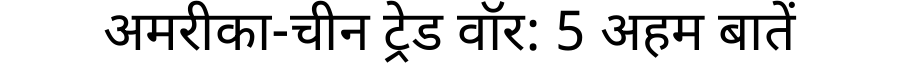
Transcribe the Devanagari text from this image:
अमरीका-चीन ट्रेड वॉर: 5 अहम बातें